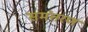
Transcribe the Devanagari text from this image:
समंतरण